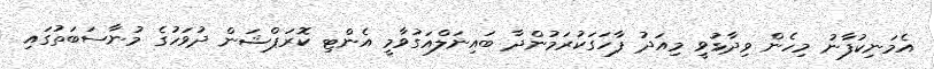
އެމަނިކުފާނު މިހެން ވިދާޅުވީ މިއަދު ފާހަގަކުރަމުންދާ ބައިނަލްއަގުވާމީ އެންޓި ކޮރަޕްޝަން ދުވަހުގެ މުނާސަބަތުގައި